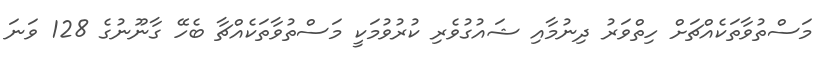
މަސްތުވާތަކެއްޗަށް ހިތްވަރު ދިނުމާއި ޝައުގުވެރި ކުރުވުމަކީ މަސްތުވާތަކެއްޗާ ބެހޭ ގާނޫނުގެ 128 ވަނަ